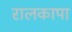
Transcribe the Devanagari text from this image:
रालकापा